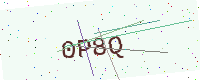
Text: 0P8Q